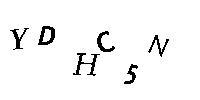
YDHC5N